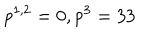
LaTeX: p ^ { 1 , 2 } = 0 , p ^ { 3 } = 3 3